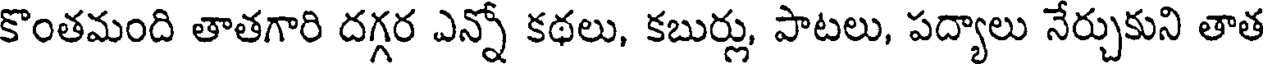
కొంతమంది తాతగారి దగ్గర ఎన్నో కథలు, కబుర్లు, పాటలు, పద్యాలు నేర్చుకుని తాత